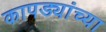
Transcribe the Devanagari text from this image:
कापड्यांच्या